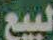
لبيع